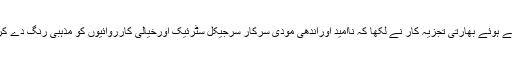
پاکستان کو بدنام کرنے کا حوالہ دیتے ہوئے بھارتی تجزیہ کار نے لکھا کہ ناامید اوراندھی مودی سرکار سرجیکل سٹرئیک اورخیالی کارروائیوں کو مذہبی رنگ دے کربھارتی عوام کو گمراہ کررہی ہے۔